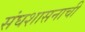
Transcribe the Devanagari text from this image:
संघशासनाची